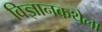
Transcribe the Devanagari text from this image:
विज्ञानकथेला